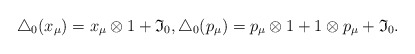
\begin{gather*}\bigtriangleup_0(x_\mu)=x_\mu\otimes1+{\mathfrak{I}_0},\bigtriangleup_0(p_\mu)=p_\mu\otimes1+1\otimes p_\mu+{\mathfrak{I}_0}.\end{gather*}